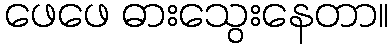
ဖေဖေ ဓားသွေးနေတာ။